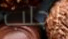
إجلب